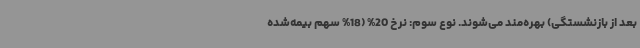
بعد از بازنشستگی) بهره‌مند می‌شوند. نوع سوم: نرخ 20% (18% سهم بیمه‌شده